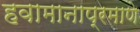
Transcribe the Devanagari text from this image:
हवामानाप्रमाणे